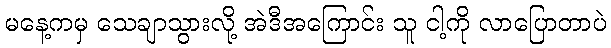
မနေ့ကမှ သေချာသွားလို့ အဲဒီအကြောင်း သူ ငါ့ကို လာပြောတာပဲ